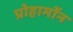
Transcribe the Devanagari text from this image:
प्रोहार्मोन